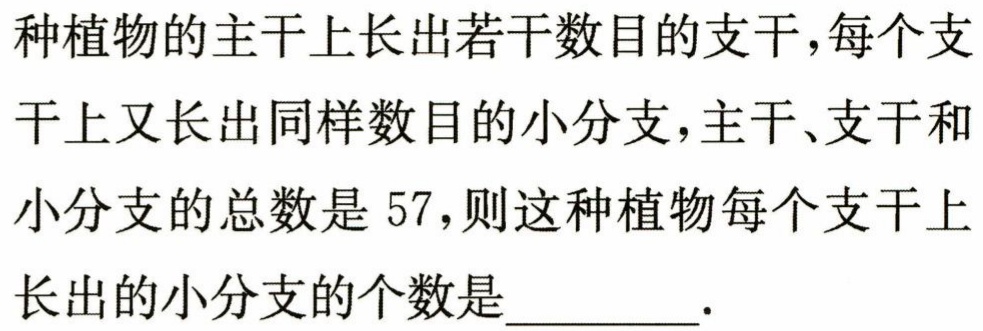
种植物的主干上长出若干数目的支干，每个支干上又长出同样数目的小分支，主干、支干和小分支的总数是 57，则这种植物每个支干上长出的小分支的个数是_________.